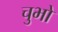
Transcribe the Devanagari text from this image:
चुभो